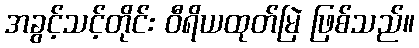
အခွင့်သင့်တိုင်း ဝီရိယထုတ်မြဲ ဖြစ်သည်။